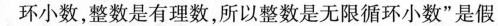
环小数，整数是有理数，所以整数是无限循环小数”是假